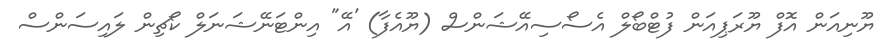
ޔޫނިއަން އޮފް ޔޫރަޕިއަން ފުޓްބޯލް އެސޯސިއޭޝަންސް (ޔޫއެފާ) 'އޭ" އިންޓަނޭޝަނަލް ކޯޗިން ލައިސަންސް